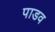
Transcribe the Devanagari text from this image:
पाडव